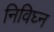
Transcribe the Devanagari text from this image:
निविघ्न